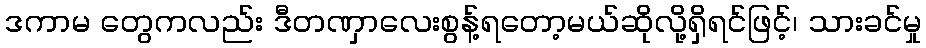
ဒကာမ တွေကလည်း ဒီတဏှာလေးစွန့်ရတော့မယ်ဆိုလို့ရှိရင်ဖြင့်၊ သားခင်မှု